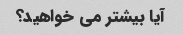
آیا بیشتر می خواهید؟